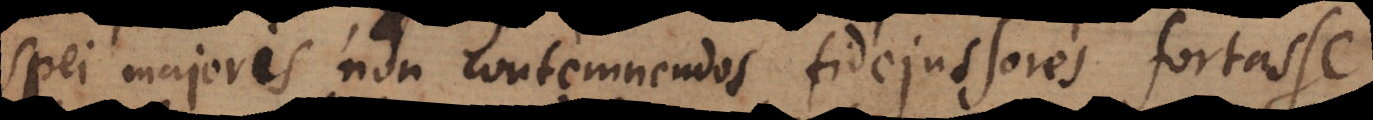
spei majoris non contemnendos fidejussores fortasse